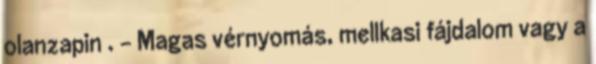
olanzapin . - Magas vérnyomás, mellkasi fájdalom vagy a